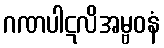
ဂဏပါဋလိအမ္ဗဝနံ